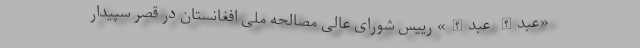
«عبدالله عبدالله» رییس شورای عالی مصالحه‌ ملی افغانستان در قصر سپیدار